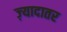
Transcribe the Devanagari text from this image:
ज्‍़यादातर